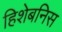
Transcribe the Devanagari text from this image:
हिशेबनिस